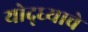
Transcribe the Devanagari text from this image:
योद्ध्याचे